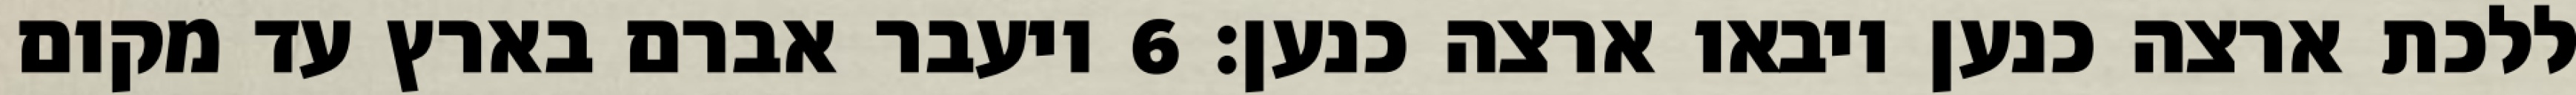
ללכת ארצה כנען ויבאו ארצה כנען׃ ‎6‏ ויעבר אברם בארץ עד מקום